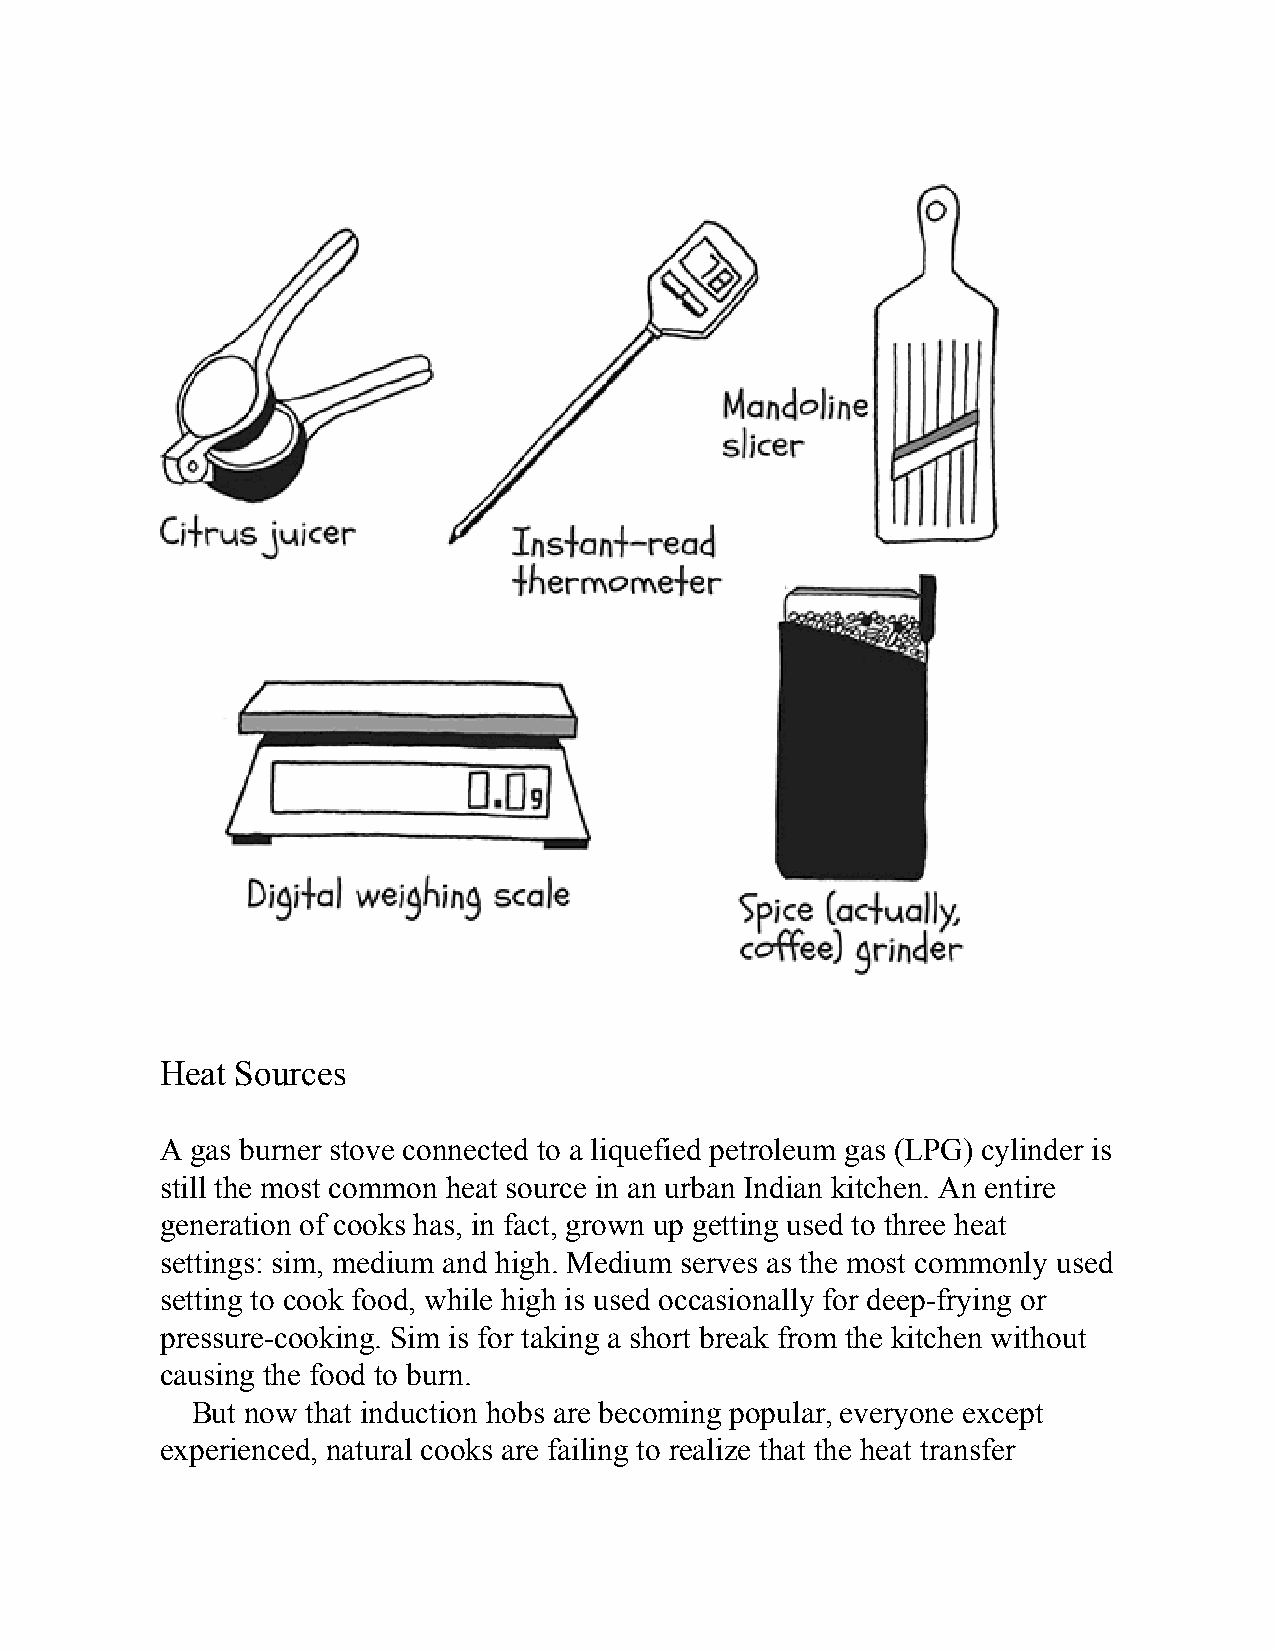
Heat Sources
 A gas burner stove connected to a liquefied petroleum gas (LPG) cylinder is
 still the most common heat source in an urban Indian kitchen. An entire
 generation of cooks has, in fact, grown up getting used to three heat
 settings: sim, medium and high. Medium serves as the most commonly used
 setting to cook food, while high is used occasionally for deep-frying or
 pressure-cooking. Sim is for taking a short break from the kitchen without
 causing the food to burn.
 But now that induction hobs are becoming popular, everyone except
 experienced, natural cooks are failing to realize that the heat transfer